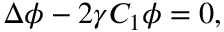
\Delta \phi - 2 \gamma C _ { 1 } \phi = 0 ,